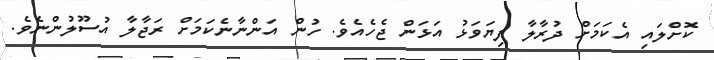
ކޮށްލައި އެކަމަށް ދުރާލާ ފިޔަވަޅު އަޅަން ޖެހެއެވެ. ހުން އަންނާނެކަމަށް ރަޖާލާ އުސޫލުންނެވެ.